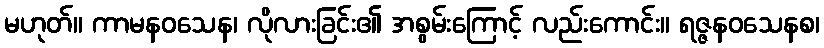
မဟုတ်။ ကာမနဝသေန၊ လိုလားခြင်း၏ အစွမ်းကြောင့် လည်းကောင်း။ ရဇ္ဇနဝသေနစ၊